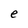
Character: e